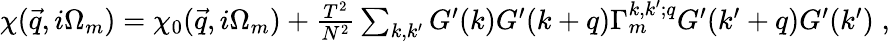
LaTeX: \begin{array}{r}{\chi(\vec{q},i\Omega_{m})=\chi_{0}(\vec{q},i\Omega_{m})+\frac{T^{2}}{N^{2}}\sum_{k,k^{\prime}}G^{\prime}(k)G^{\prime}(k+q)\Gamma_{m}^{k,k^{\prime};q}G^{\prime}(k^{\prime}+q)G^{\prime}(k^{\prime})\; ,}\end{array}